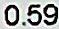
0.59